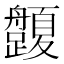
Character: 𱽅